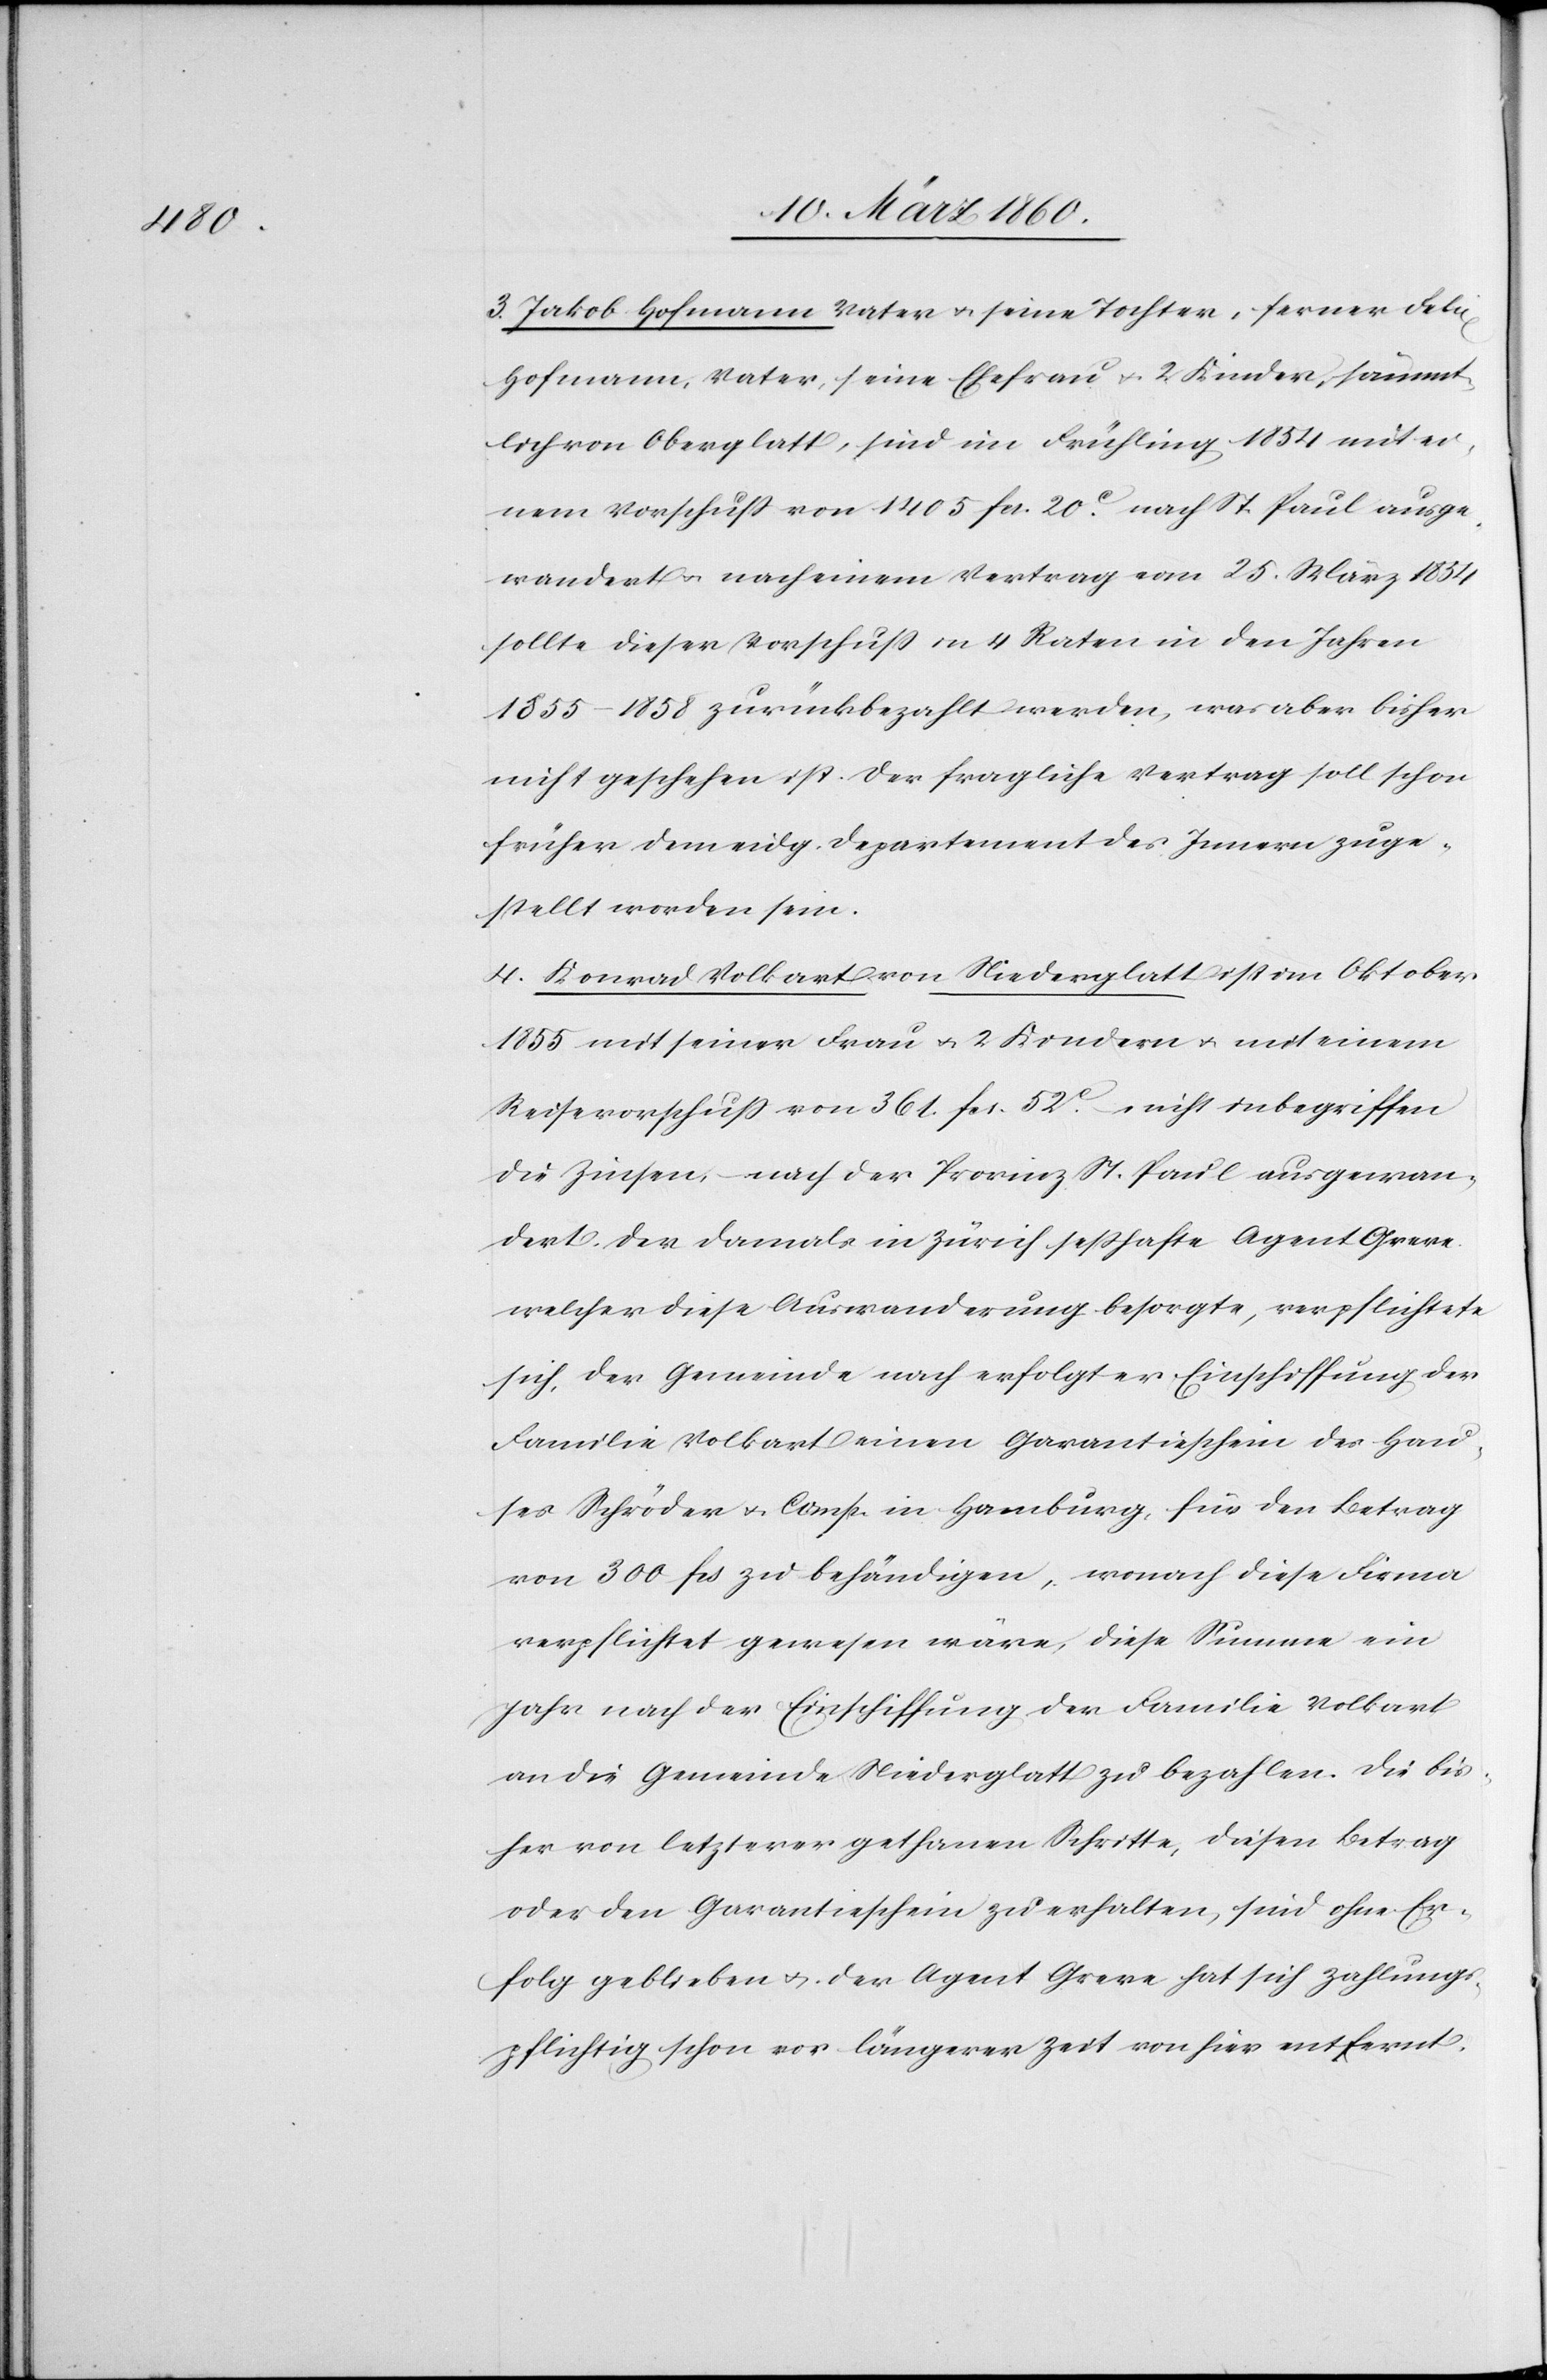
3. Jakob Hofmann Vater u. seine Tochter, ferner Felix
Hofmann, Vater, seine Ehefrau u. 2 Kinder, sämmt¬
lich von Oberglatt, sind im Frühling 1854 mit ei¬
nem Vorschuss von 1405 fcs. 20C nach St. Paul ausge¬
wandert u. nach einem Vertrag vom 25. März 1854
sollte dieser Vorschuß von 4 Raten in den Jahren
1855–1858 zurückbezahlt werden, was aber bisher
nicht geschehen ist. Der fragliche Vertrag soll schon
früher dem eidg. Departement des Innern zuge¬
stellt worden sein.
4. Konrad Volkart von Niederglatt ist im Oktobe¬
r mit seiner Frau u. 2 Kindern u. mit einem
Reisevorschuss von 361 fcs. 52C nicht inbegriffen
die Zinsen, nach der Provinz St. Paul ausgewan¬
dert. Der damals in Zürich sesshafte Agent Greve,
welcher diese Auswanderung besorgte, verpflichtete
sich, der Gemeinde nach erfolgter Einschiffung der
Familie Volkart einen Garantieschein des Hau¬
ses Schröder u. Comp. in Hamburg, für den Betrag
von 300 fcs. zu behändigen, wonach diese Firma
verpflichtet gewesen wäre, diese Summe ein
Jahr nach der Einschiffung der Familie Volkart
an die Gemeinde Niederglatt zu bezahlen. Die bis¬
her von letzterer gethanen Schritte, diesen Betrag
oder den Garantieschein zu erhalten, sind ohne Er¬
folg geblieben u. der Agent Greve hat sich Zahlungs¬
pflichtig schon vor längerer Zeit von hier entfernt.